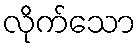
လိုက်သော